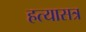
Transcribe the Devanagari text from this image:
हत्यासत्र